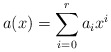
\begin{align*}a(x)=\sum_{i=0}^r a_ix^i\end{align*}